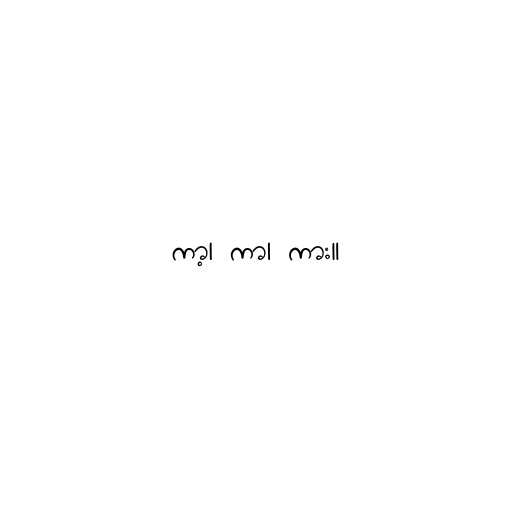
ကာ့၊ ကာ၊ ကား။